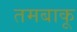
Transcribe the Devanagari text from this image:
तमबाकू